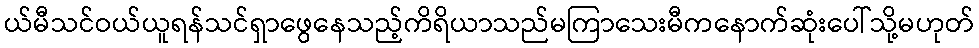
ယ်မီသင်ဝယ်ယူရန်သင်ရှာဖွေနေသည့်ကိရိယာသည်မကြာသေးမီကနောက်ဆုံးပေါ်သို့မဟုတ်